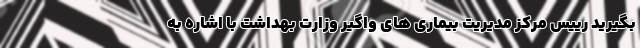
بگیرید رییس مرکز مدیریت بیماری های واگیر وزارت بهداشت با اشاره به